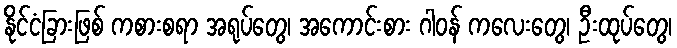
နိုင်ငံခြားဖြစ် ကစားစရာ အရုပ်တွေ၊ အကောင်းစား ဂါဝန် ကလေးတွေ၊ ဦးထုပ်တွေ၊